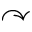
\curvearrowright